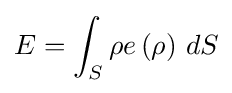
E=\int _{S}\rho e\left(\rho \right)\,dS